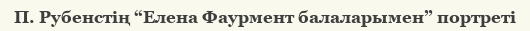
П. Рубенстің “Елена Фаурмент балаларымен” портреті